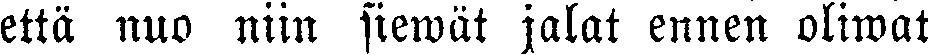
että nuo niin siewät jalat ennen oliwat